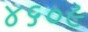
૪૬૦૯